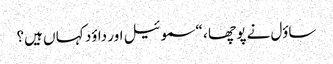
ساؤل نے پو چھا ، “سموئیل اور داؤد کہا ں ہیں؟